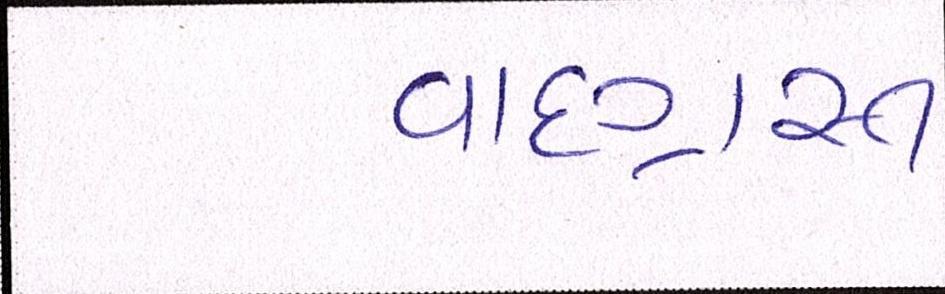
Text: વાદગ્રસ્ત